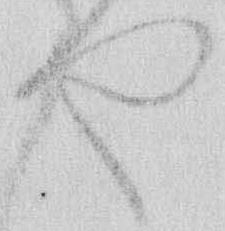
や